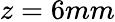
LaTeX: z=6mm